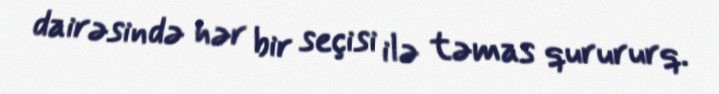
dairəsində hər bir seçisi ilə təmas qurururq.